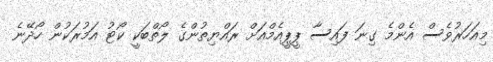
މިއަހަރުވެސް އެންމެ ގިނަ ފައިސާ ޕީޕީއެމްއަށް ރައްޔިތުންގެ ލޯތްބަކީ ކޯޓު އަމުރަކުން ހޯދޭނެ